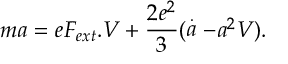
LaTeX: m a = e F _ { e x t } . V + \frac { 2 e ^ { 2 } } { 3 } ( \stackrel { . } { a } - a ^ { 2 } V ) .